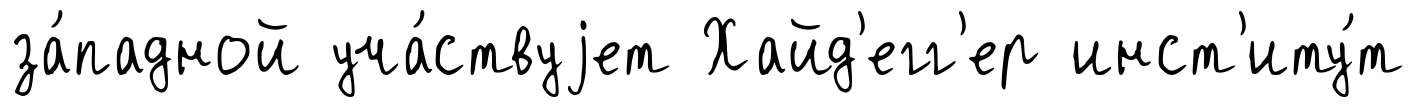
за́падной уча́ствуjет Хайд'егг'ер инст'иту́т